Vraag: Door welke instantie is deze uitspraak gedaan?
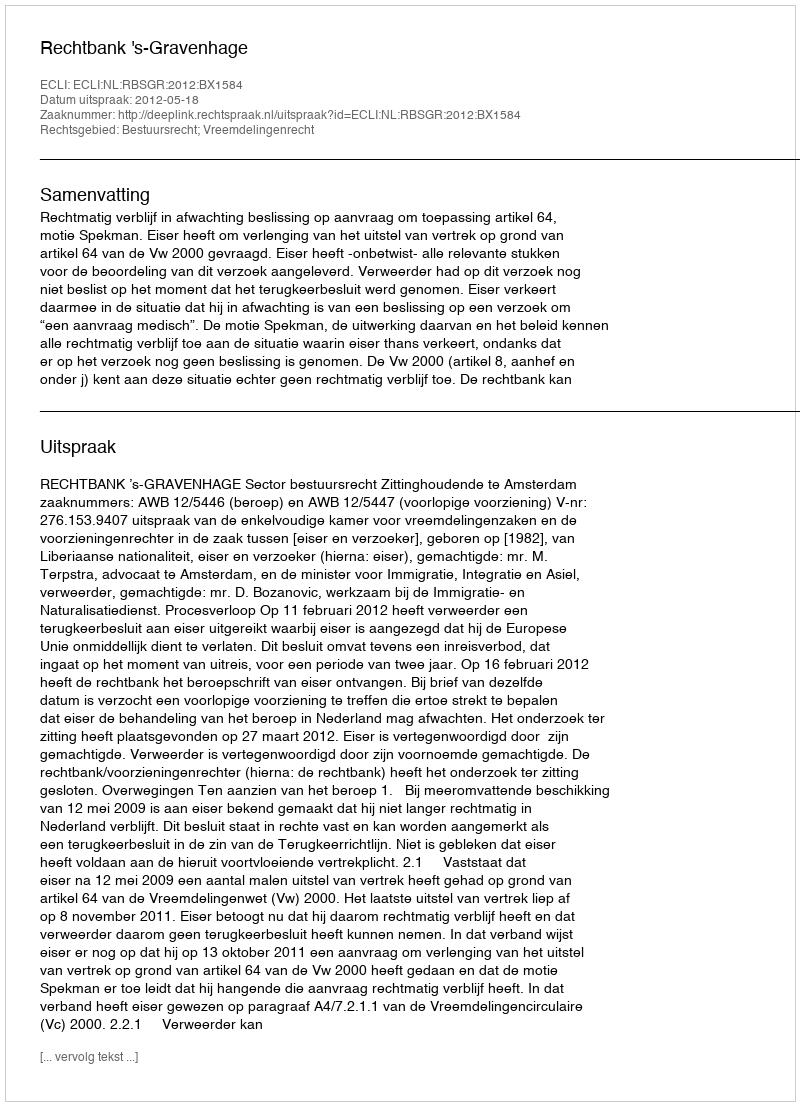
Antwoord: Rechtbank 's-Gravenhage